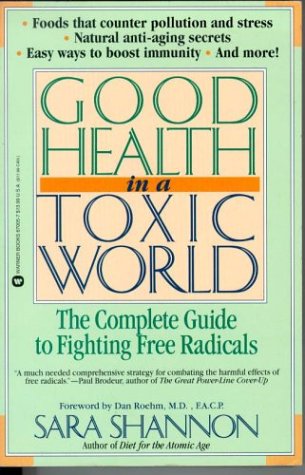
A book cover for Good Health in a Toxic World: Complete Guide to Fighting Free Radicals; Sara Shannon; Health, Fitness & Dieting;